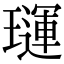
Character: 璭